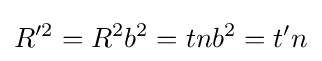
R'^{2}=R^{2}b^{2}=tnb^{2}=t'n